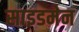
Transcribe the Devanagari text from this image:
साइडमेन